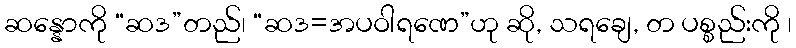
ဆန္နောကို “ဆဒ”တည်၊ “ဆဒ=အပဝါရဏေ”ဟု ဆို, သရချေ, တ ပစ္စည်းကို ၊